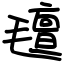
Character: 氊